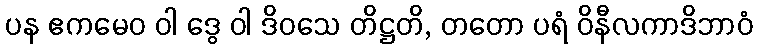
ပန ဧကမေဝ ဝါ ဒွေ ဝါ ဒိဝသေ တိဋ္ဌတိ, တတော ပရံ ဝိနီလကာဒိဘာဝံ